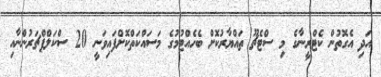
އަދި އެގޮތުން ކެޓްރީނާގެ މި ސްޓެޗޫ ތައްޔާރުކޮށް ބެހެއްޓުމުގެ މަސައްކަތްކޮށްފައިވަނީ 20 ސްކަލްޕްޗަރުންނާއި